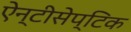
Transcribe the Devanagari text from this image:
ऐन्टीसेप्टिक